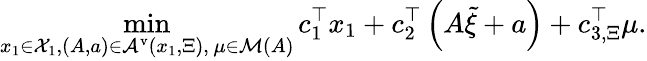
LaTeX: \operatorname*{min}_{\substack{{x}_{1}\in{\mathcal X}_{1},\left(A,{a}\right)\in{\mathcal A}^{\mathrm{v}}\left({x}_{1},{\Xi}\right),\, {\mu}\in{\mathcal M}\left(A\right)}}{c}_{1}^{\top}{x}_{1}+{c}_{2}^{\top}\left(A\tilde{\xi}+{a}\right)+{c}_{3,\Xi}^{\top}{\mu}.